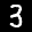
Label: 3